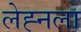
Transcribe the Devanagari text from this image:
लेह्नला